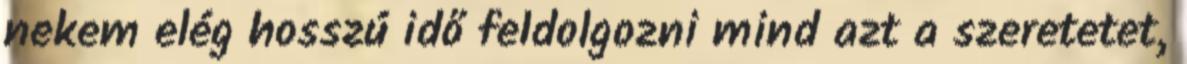
nekem elég hosszú idő feldolgozni mind azt a szeretetet,